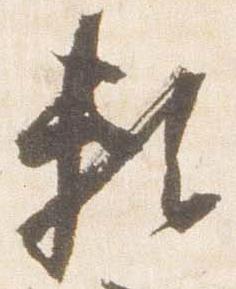
頼